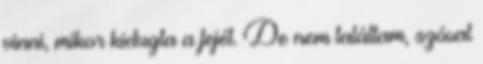
vinni, mikor kidugta a fejét. De nem találtam, szóval